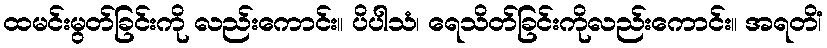
ထမင်းမွတ်ခြင်းကို လည်းကောင်း။ ပိပါသံ၊ ရေသိတ်ခြင်းကိုလည်းကောင်း။ အရတိံ၊